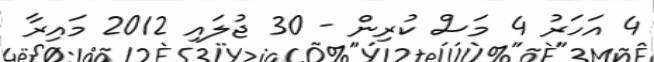
4 އަހަރު 4 މަސް ކުރިން - 30 ޖުލައި 2012 މައިރާ